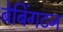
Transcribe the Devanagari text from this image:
बेबिंगटन